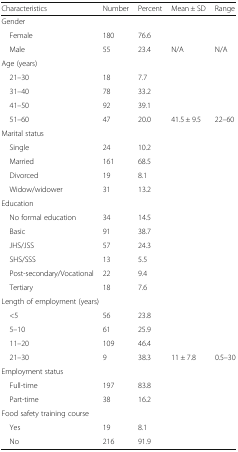
<table><thead><tr><td><b>Characteristics</b></td><td><b>Number</b></td><td><b>Percent</b></td><td><b>Mean ± SD</b></td><td><b>Range</b></td></tr></thead><tbody><tr><td colspan="5">Gender</td></tr><tr><td> Female</td><td>180</td><td>76.6</td><td></td><td></td></tr><tr><td> Male</td><td>55</td><td>23.4</td><td>N/A</td><td>N/A</td></tr><tr><td colspan="5">Age (years)</td></tr><tr><td> 21–30</td><td>18</td><td>7.7</td><td></td><td></td></tr><tr><td> 31–40</td><td>78</td><td>33.2</td><td></td><td></td></tr><tr><td> 41–50</td><td>92</td><td>39.1</td><td></td><td></td></tr><tr><td> 51–60</td><td>47</td><td>20.0</td><td>41.5 ± 9.5</td><td>22–60</td></tr><tr><td colspan="5">Marital status</td></tr><tr><td> Single</td><td>24</td><td>10.2</td><td></td><td></td></tr><tr><td> Married</td><td>161</td><td>68.5</td><td></td><td></td></tr><tr><td> Divorced</td><td>19</td><td>8.1</td><td></td><td></td></tr><tr><td> Widow/widower</td><td>31</td><td>13.2</td><td></td><td></td></tr><tr><td colspan="5">Education</td></tr><tr><td> No formal education</td><td>34</td><td>14.5</td><td></td><td></td></tr><tr><td> Basic</td><td>91</td><td>38.7</td><td></td><td></td></tr><tr><td> JHS/JSS</td><td>57</td><td>24.3</td><td></td><td></td></tr><tr><td> SHS/SSS</td><td>13</td><td>5.5</td><td></td><td></td></tr><tr><td> Post-secondary/Vocational</td><td>22</td><td>9.4</td><td></td><td></td></tr><tr><td> Tertiary</td><td>18</td><td>7.6</td><td></td><td></td></tr><tr><td colspan="5">Length of employment (years)</td></tr><tr><td> &lt;5</td><td>56</td><td>23.8</td><td></td><td></td></tr><tr><td> 5–10</td><td>61</td><td>25.9</td><td></td><td></td></tr><tr><td> 11–20</td><td>109</td><td>46.4</td><td></td><td></td></tr><tr><td> 21–30</td><td>9</td><td>38.3</td><td>11 ± 7.8</td><td>0.5–30</td></tr><tr><td colspan="5">Employment status</td></tr><tr><td> Full-time</td><td>197</td><td>83.8</td><td></td><td></td></tr><tr><td> Part-time</td><td>38</td><td>16.2</td><td></td><td></td></tr><tr><td colspan="5">Food safety training course</td></tr><tr><td> Yes</td><td>19</td><td>8.1</td><td></td><td></td></tr><tr><td> No</td><td>216</td><td>91.9</td><td></td><td></td></tr></tbody></table>